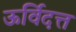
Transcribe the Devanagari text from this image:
ऊर्विदत्त